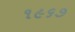
૧૯૬૭